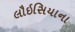
લૌઇસિયાના